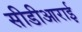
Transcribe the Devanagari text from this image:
सीडीआराई